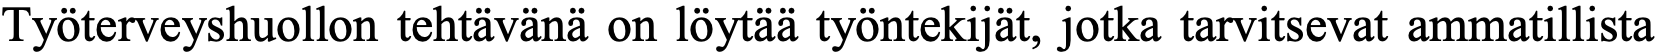
Työterveyshuollon tehtävänä on löytää työntekijät, jotka tarvitsevat ammatillista